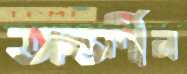
অন্তর্লীন